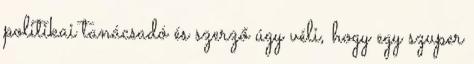
politikai tanácsadó és szerző úgy véli, hogy egy szuper